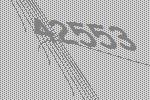
42553